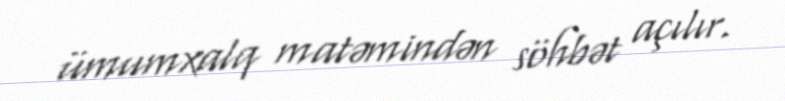
ümumxalq matəmindən söhbət açılır.